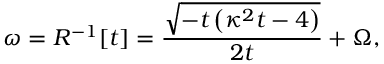
\omega = R ^ { - 1 } [ t ] = \frac { \sqrt { - t \left( \kappa ^ { 2 } t - 4 \right) } } { 2 t } + \Omega ,